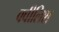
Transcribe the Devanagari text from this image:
क्वीलिश